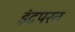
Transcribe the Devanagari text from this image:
इंद्रपरत